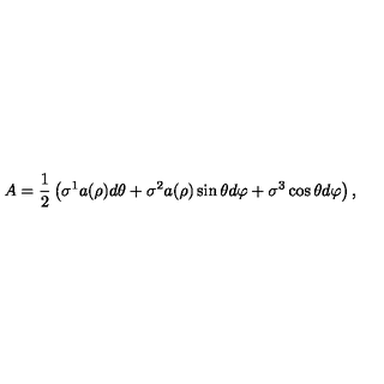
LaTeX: A = \frac { 1 } { 2 } \left( \sigma ^ { 1 } a ( \rho ) d \theta + \sigma ^ { 2 } a ( \rho ) \sin \theta d \varphi + \sigma ^ { 3 } \cos \theta d \varphi \right) ,